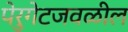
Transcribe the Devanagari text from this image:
पेरुगेटजवळील